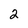
Character: 2